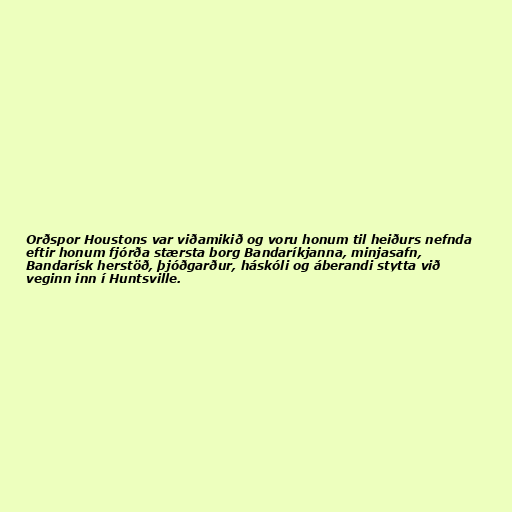
Orðspor Houstons var viðamikið og voru honum til heiðurs nefnda
eftir honum fjórða stærsta borg Bandaríkjanna, minjasafn,
Bandarísk herstöð, þjóðgarður, háskóli og áberandi stytta við
veginn inn í Huntsville.